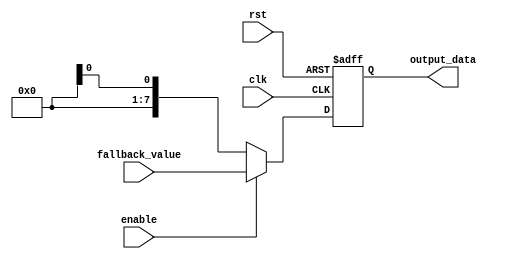
module Fallback_Bypass_Register (
    input wire clk,
    input wire rst,
    input wire enable,
    input wire [7:0] fallback_value,
    output reg [7:0] output_data
);

reg [7:0] register_value;

always @(posedge clk or posedge rst) begin
    if (rst) begin
        register_value <= 0;
    end else begin
        if (enable) begin
            register_value <= fallback_value;
        end else begin
            register_value <= input_data;
        end
    end
end

assign output_data = register_value;

endmodule